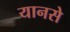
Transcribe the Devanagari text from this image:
यानसे